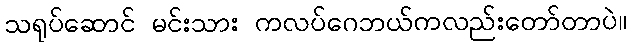
သရုပ်ဆောင် မင်းသား ကလပ်ဂေဘယ်ကလည်းတော်တာပဲ။